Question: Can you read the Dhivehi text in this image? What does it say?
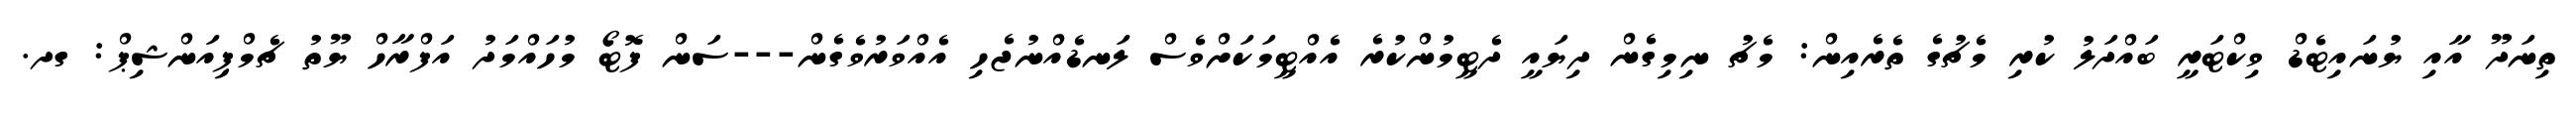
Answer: ތިނަދޫ އާއި ޔުނައިޓެޑް ވިކްޓަރީ ބައްދަލު ކުރި މެޗުގެ ތެރެއިން: މެޗު ނިމިގެން ދިޔައީ ދެޓީމުންކުރެ އެއްޓީމަކަށްވެސް ލަނޑެއްނުޖެހި އެއްވަރުވެގެން---ސަން ފޮޓޯ މުހައްމަދު އަފްރާހް ޔޫތު ޗެމްޕިއަންޝިޕް: ގދ.